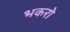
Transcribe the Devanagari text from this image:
भकरो